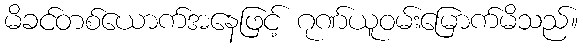
မိခင်တစ်ယောက်အနေဖြင့် ဂုဏ်ယူဝမ်းမြောက်မိသည်။